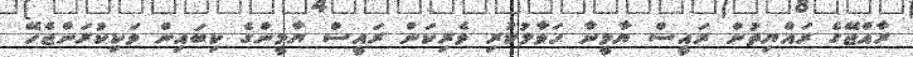
ރާއްޖޭގެ ރައްޔިތުން ރައީސް ޔާމީނާ ހަވާލުކުރި ވެރިކަން ރައީސް ޔާމީންގެ ކިބައިން ވަކިކުރަންޖެހޭ